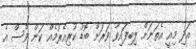
އަދި މިއީ އެތަނަށް ލިބިފައިވާ ވަރަށް ބޮޑު ކުރިއެރުމެއް ކަން ވެސް އެ